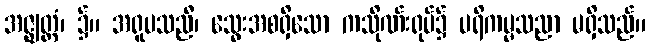
အဇ္ဈတ္တံ၊ ၌။ အရူပသညီ၊ သွေးအစရှိသော ကသိုဏ်းရုပ်၌ ပရိကမ္မသညာ မရှိသည်။